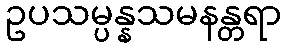
ဥပသမ္ပန္နသမနန္တရာ